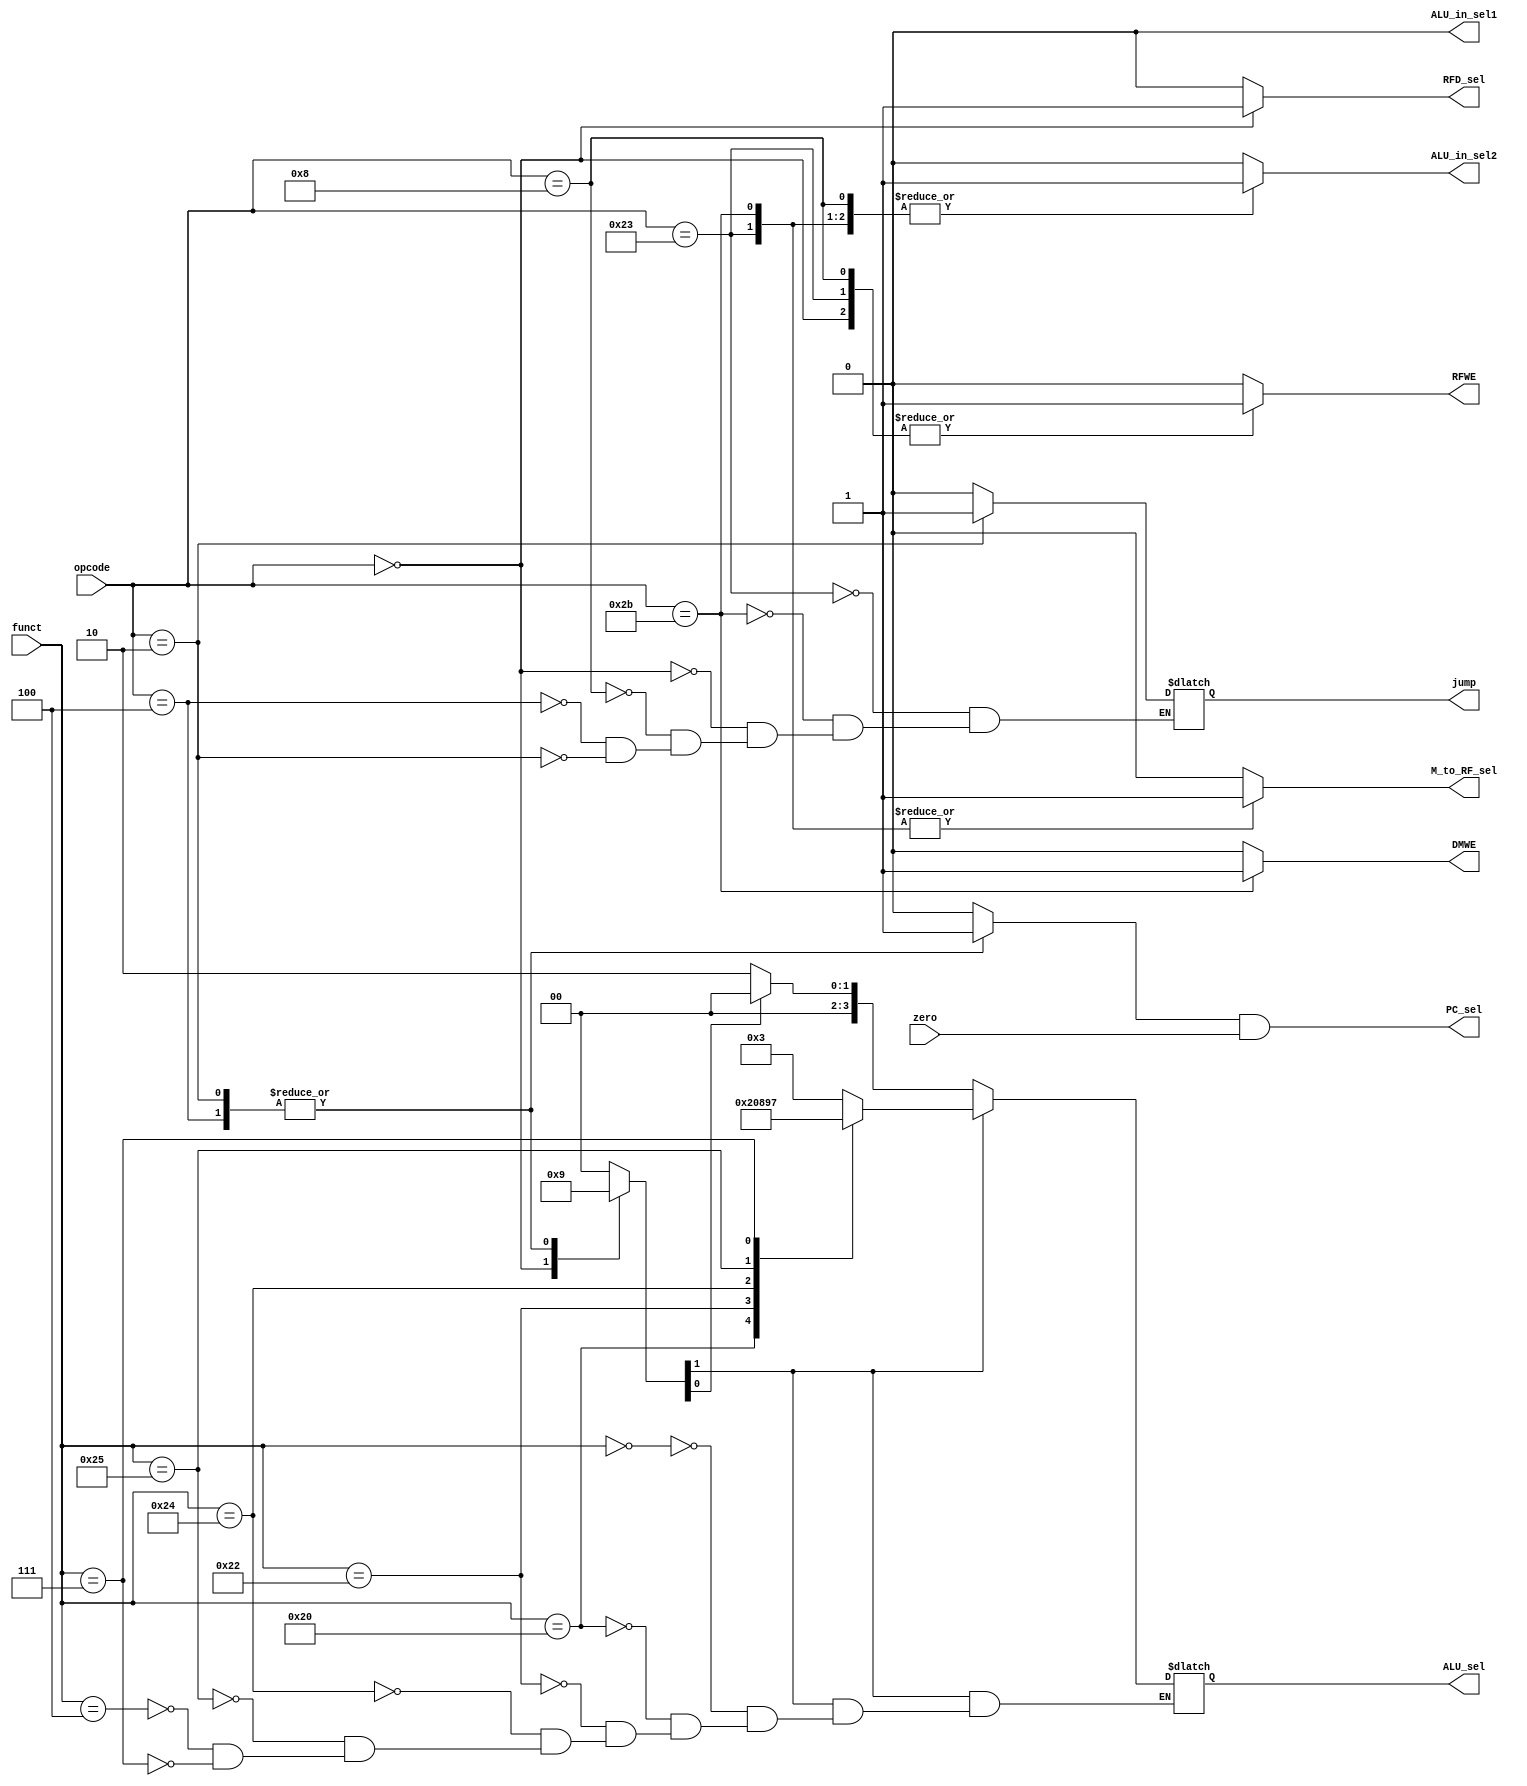
module control_unit( input [5:0] opcode,
                     input [5:0] funct,
                     input zero,
                     output reg RFWE,
                     output reg DMWE,
                     output reg [3:0] ALU_sel,
                     output reg M_to_RF_sel,
                     output reg ALU_in_sel1,
                     output reg ALU_in_sel2,
                     output wire PC_sel,
                     output reg jump,
                     output reg RFD_sel          );
    
    reg branch;
    assign PC_sel = branch && zero;
    
    reg [1:0] ALU_op;
    
    // Opcode translations
    parameter LW = 6'b100011, SW = 6'b101011, r_type = 6'b000000, addi = 6'b001000;
    parameter BEQ = 6'b000100, J = 6'b000010;
    // Main Decoder
    // Update control signals when opcode changes
    always @ (opcode) begin
        case (opcode)
            
            LW: begin
                ALU_op =            2'b00;
                RFWE =              1'b1;
                RFD_sel =           1'b0;
                ALU_in_sel1 =       1'b0;
                ALU_in_sel2 =       1'b1;
                branch =            1'b0;
                DMWE =              1'b0;
                M_to_RF_sel =       1'b1;
                jump =              1'b0;
            end
            
            SW: begin 
                ALU_op =            2'b00;
                RFWE =              1'b0;
                RFD_sel =           1'b0; // X
                ALU_in_sel1 =       1'b0;
                ALU_in_sel2 =       1'b1;
                branch =            1'b0;
                DMWE =              1'b1;
                M_to_RF_sel =       1'b1; // X
                jump =              1'b0;
            end
            
            r_type: begin
                ALU_op =            2'b10;
                RFWE =              1'b1;
                RFD_sel =           1'b1;
                ALU_in_sel1 =       1'b0;
                ALU_in_sel2 =       1'b0;
                branch =            1'b0;
                DMWE =              1'b0;
                M_to_RF_sel =       1'b0;
                jump =              1'b0;
            end
                
            addi: begin
                ALU_op =            2'b00;
                RFWE =              1'b1;
                RFD_sel =           1'b0;
                ALU_in_sel1 =       1'b0;
                ALU_in_sel2 =       1'b1;
                branch =            1'b0;
                DMWE =              1'b0;
                M_to_RF_sel =       1'b0;
                jump =              1'b0;
            end
            
            BEQ: begin
                ALU_op =            2'b01;
                RFWE =              1'b0;
                RFD_sel =           1'b0; // X
                ALU_in_sel1 =       1'b0; 
                ALU_in_sel2 =       1'b0;
                branch =            1'b1;
                DMWE =              1'b0;
                M_to_RF_sel =       1'b0; // X
                jump =              1'b0;
            end
                
            J: begin
                ALU_op =            2'b01;// XX
                RFWE =              1'b0; 
                RFD_sel =           1'b0; // X
                ALU_in_sel1 =       1'b0; 
                ALU_in_sel2 =       1'b0; // X
                branch =            1'b1; // X
                DMWE =              1'b0; 
                M_to_RF_sel =       1'b0; // X
                jump =              1'b1;
            end
            
            // Default all control signals to 0
            default: begin 
                ALU_op =            0;
                RFWE =              0;
                RFD_sel =           0;
                ALU_in_sel1 =       0;
                ALU_in_sel2 =       0;
                branch =            0;
                DMWE =              0;
                M_to_RF_sel =       0;
            end
        endcase
    end
    
    // ALU_sel values
    parameter ADD=4'b0010, SUB=4'b0000, SLL=4'b0011, LRS=4'b0100, LVLS=4'b0101, LVRS=4'b0110;
    parameter SRA=4'b0111, AND=4'b1000, OR=4'b1001, XOR=4'b1010, XNOR=4'b1011;
    
    // ALU Decoder
    always @ (opcode or funct or ALU_op) begin
    
        // Funct is irrelevant. The operation is either ADD or SUB 
        if (ALU_op[1] == 0) begin
            if (ALU_op[0] == 0)
                ALU_sel = ADD;
            else 
                ALU_sel = SUB;
        
        // ALU_op[1] is 1 so we need to look at funct for the operation
        end else begin 
            case (funct)
                
                // Only immediate shift operations should have ALU_in_sel1 = 1
                6'b000000: begin
                    ALU_sel = SLL;
                    ALU_in_sel1 = 1'b1;
                end
                
                6'b100000: ALU_sel = ADD;
                6'b100010: ALU_sel = SUB;
                6'b100100: ALU_sel = AND;
                6'b100101: ALU_sel = OR;
                6'b000100: ALU_sel = SLL;
                6'b000111: ALU_sel = SRA;
                //6'b101010: ALU_sel = SLT;
            endcase
        end
    end
endmodule